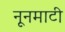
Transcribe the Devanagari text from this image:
नूनमाटी